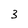
Character: 3